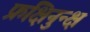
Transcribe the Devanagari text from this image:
फ्रक्षिनुन्क्ष